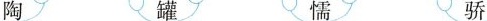
陶罐懦骄